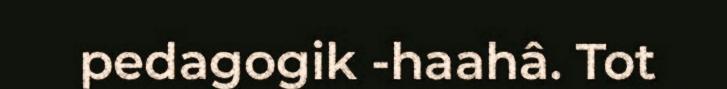
pedagogik -haahâ. Tot